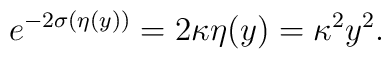
e^{-2\sigma(\eta(y))}=2\kappa\eta(y)=\kappa^2 y^2 .